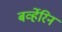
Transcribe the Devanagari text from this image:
बर्व्हेरिन